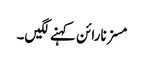
مسز نارائن کہنے لگیں۔